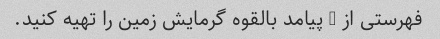
فهرستی از 5 پیامد بالقوه گرمایش زمین را تهیه کنید.